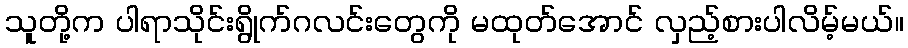
သူတို့က ပါရာသိုင်းရွိုက်ဂလင်းတွေကို မထုတ်အောင် လှည့်စားပါလိမ့်မယ်။